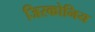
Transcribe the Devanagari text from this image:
जिरकोनिय